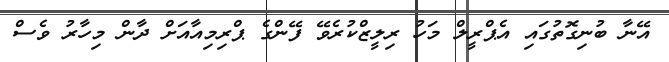
އޭނާ ބުނިގޮތުގައި އެޕްރީލް މަހު ރިލީޒްކުރެވޭ ފޭންގެ ޕްރިމިއާއަށް ދާން މިހާރު ވެސް